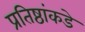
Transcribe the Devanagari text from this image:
प्रतिष्ठांकडे